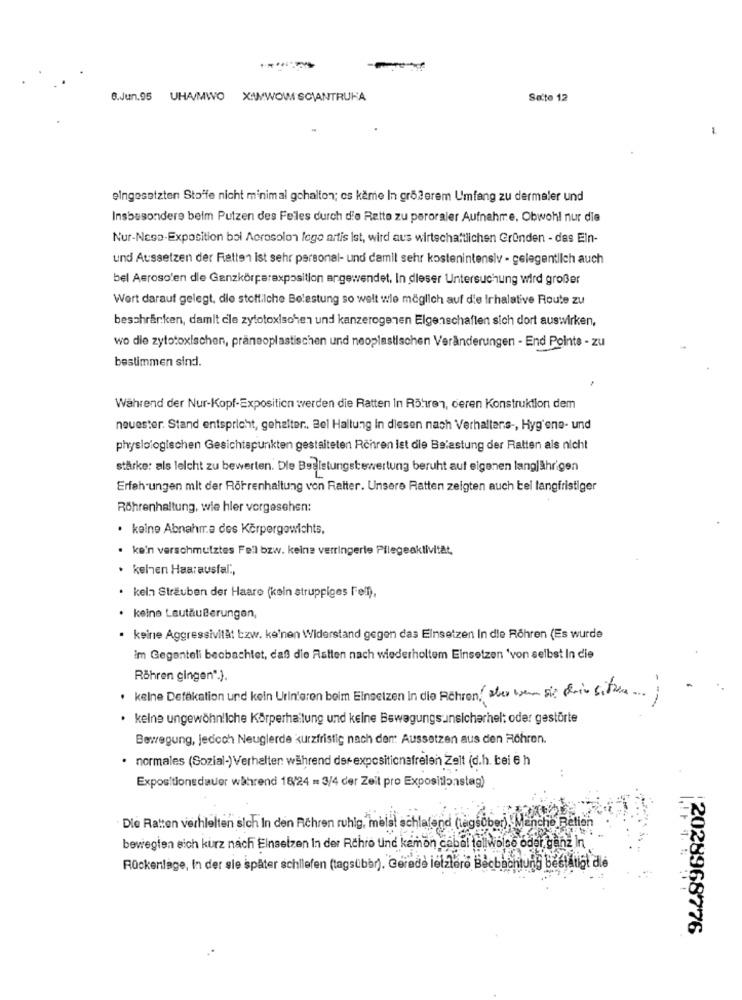
8.Jun.95 UHA/MWO X:WWOW SCANTRUHA
Seite 12
eingesetzten Stoffe nicht minimal gehalten; cs keme In größerem Umfang zu dermaler und
Insbesondere beim Putzen des Felles durch die Rette zu peroraler Aufnahme, Obwohl nur die
Nur-Ness-Exposition boi Acrosolon lege artis ist, wird aus wirtschaftlichen Gründen - das Ein-
und Aussetzen der Fiatten Ist sehr personal- und damil sehr kostenintensiv - gelegentlich auch
bel Aerosolen die Ganzkörperexposition angewendet. In dieser Untersuchung wird großer
Wert darauf gelegt, die stoffilche Belastung so welt wie möglich auf die trhalative Route zu
beschränken, damit cle zytotoxischen und kanzerogenen Elgenschaften sich dort auswirken,
wo die zytotoxischen, präneoplastischen und neoplastischen Veränderungen - End Points - zu
bestimmen sind.
Während der Nur-Kopf-Exposition werden die Ratten In Röhren, ceren Konstruktion dem
neuester. Stand entspricht, gehalter ., Bel Haltung In diesen nach Verhaltens -, Hyg'one- und
physiologischen Gesichtspunkten gestalteten Röhren ist die Belastung der Ratten als nicht
stärke: als leicht zu bewerten. Die Bealstungsbewertung beruht auf eigenen langjährigen
Erfahrungen mit der Röhrenhaltung von Rafter. Unsere Ratten zeigten auch bel langfristiger
Röhrenhaltung, wie hler vorgesehen:
· keine Abnahme des Körpergewichts.
· kein verschmutztes Feil bzw. keine verringerte Pflegeaktivität,
· keinen Haarausfal .,
· keln Sträuben der Haare (kein struppiges Fell),
· keine Lautäußerungen,
keine Aggressivität bzw. ke'nen Widerstand gegen das Einsetzen In die Röhren (Es wurde
im Gegenteli beobachtet, daß die Ratten nach wiederholtem Einsetzen 'von selbst In die
Röhren gingen".).
· keine Detäkation und kein Urinieren beim Einsetzen In die Röhren aber wenn sie dein sitzen ...
· keine ungewöhnliche Körperhaltung und keine Bewegungsunsicherhelt oder gestörte
Bewegung, jedoch Neuglerde kurzfristig nach den: Aussetzen aus den Föhren.
· normales (Sozial-) Verhalten: während der expositionafrelen Zelt (d.h. bei 6 h
Expositionsdauer während 18/24 = 3/4 der Zeit pro Expositionstag)
· Die Ratten verhielten sich In den Richren ruhig, meist schlafend (tagsüber), Mencho Belien
bewegten eich kurz nach Einsetzen In der Richro und kemon cabal to !!
Rückenlage, In der sie später schliefen (tagsüber). Gerede letztero Becbachtung bestätigt die
2028968776